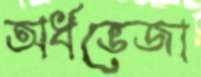
অর্ধভেজা